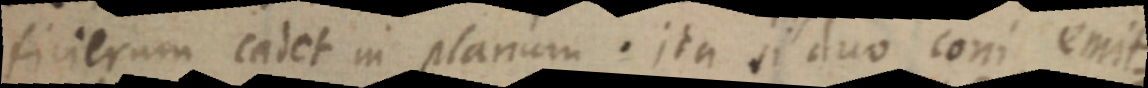
ficierum cadet in planum. ita si duo coni emit